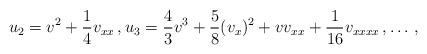
LaTeX: \begin{align*} u_2= {v}^2 + \frac{1}{4}{v}_{xx} \, , u_3= \frac{4}{3} {v}^3 +\frac{5}{8} ({v}_x)^2 +{v}{v}_{xx}+\frac{1}{16}v_{xxxx} \, , \dots \, ,\end{align*}